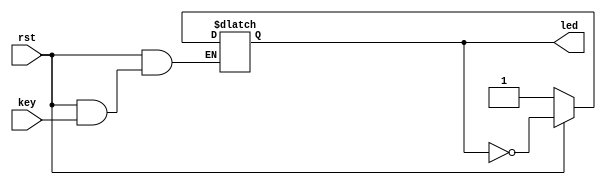
//2020.9.28  
// https://www.stepfpga.com/doc/altera_7deb

module top(
		key,          //
		rst,          //
		led           //led
		);
 
	input key,rst;
	output reg led;
 
	always @(key or rst)
		if (!rst)             //led
			led = 1;
		else if(key == 0)     
			led = ~led;   //led
		else
			led = led;
endmodule